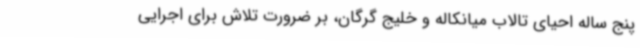
پنج ساله احیای تالاب میانکاله و خلیج گرگان، بر ضرورت تلاش برای اجرایی